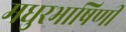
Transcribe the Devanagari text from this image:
मधुरभाषिणी